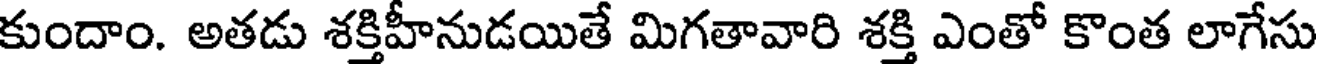
కుందాం. అతడు శక్తిహీనుడయితే మిగతావారి శక్తి ఎంతో కొంత లాగేసు